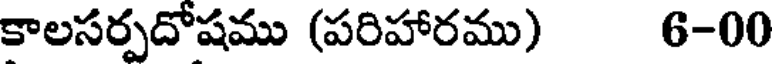
కాలసర్పదోషము (పరిహారము) 6-00